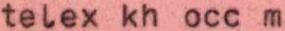
telex kh occ m